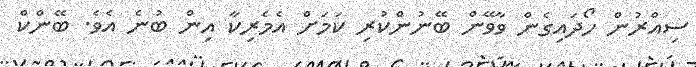
ސިއްރުން ހޯދައިގެން ވާވޭން ބޭނުންކުރި ކަމަށް އެމެރިކާ އިން ބުނެ އެވެ. ބޭންކް